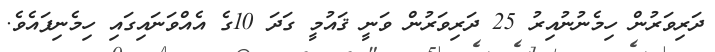
ދަރިވަރުން ހިމެނުނުއިރު 25 ދަރިވަރުން ވަނީ ޤައުމީ ގަދަ 10ގެ އެއްވަނައިގައި ހިމެނިފައެވެ.